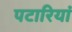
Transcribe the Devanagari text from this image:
पटारियां